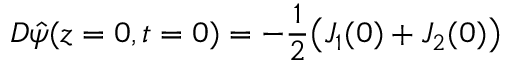
D \hat { \psi } ( z = 0 , t = 0 ) = - \frac { 1 } { 2 } \big ( J _ { 1 } ( 0 ) + J _ { 2 } ( 0 ) \big )